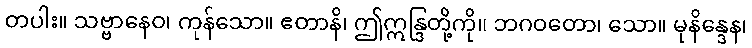
တပါး။ သဗ္ဗာနေဝ၊ ကုန်သော။ ဧတာနိ၊ ဤဣန္ဒြတို့ကို။ ဘဂဝတော၊ သော။ မုနိန္ဒေန၊